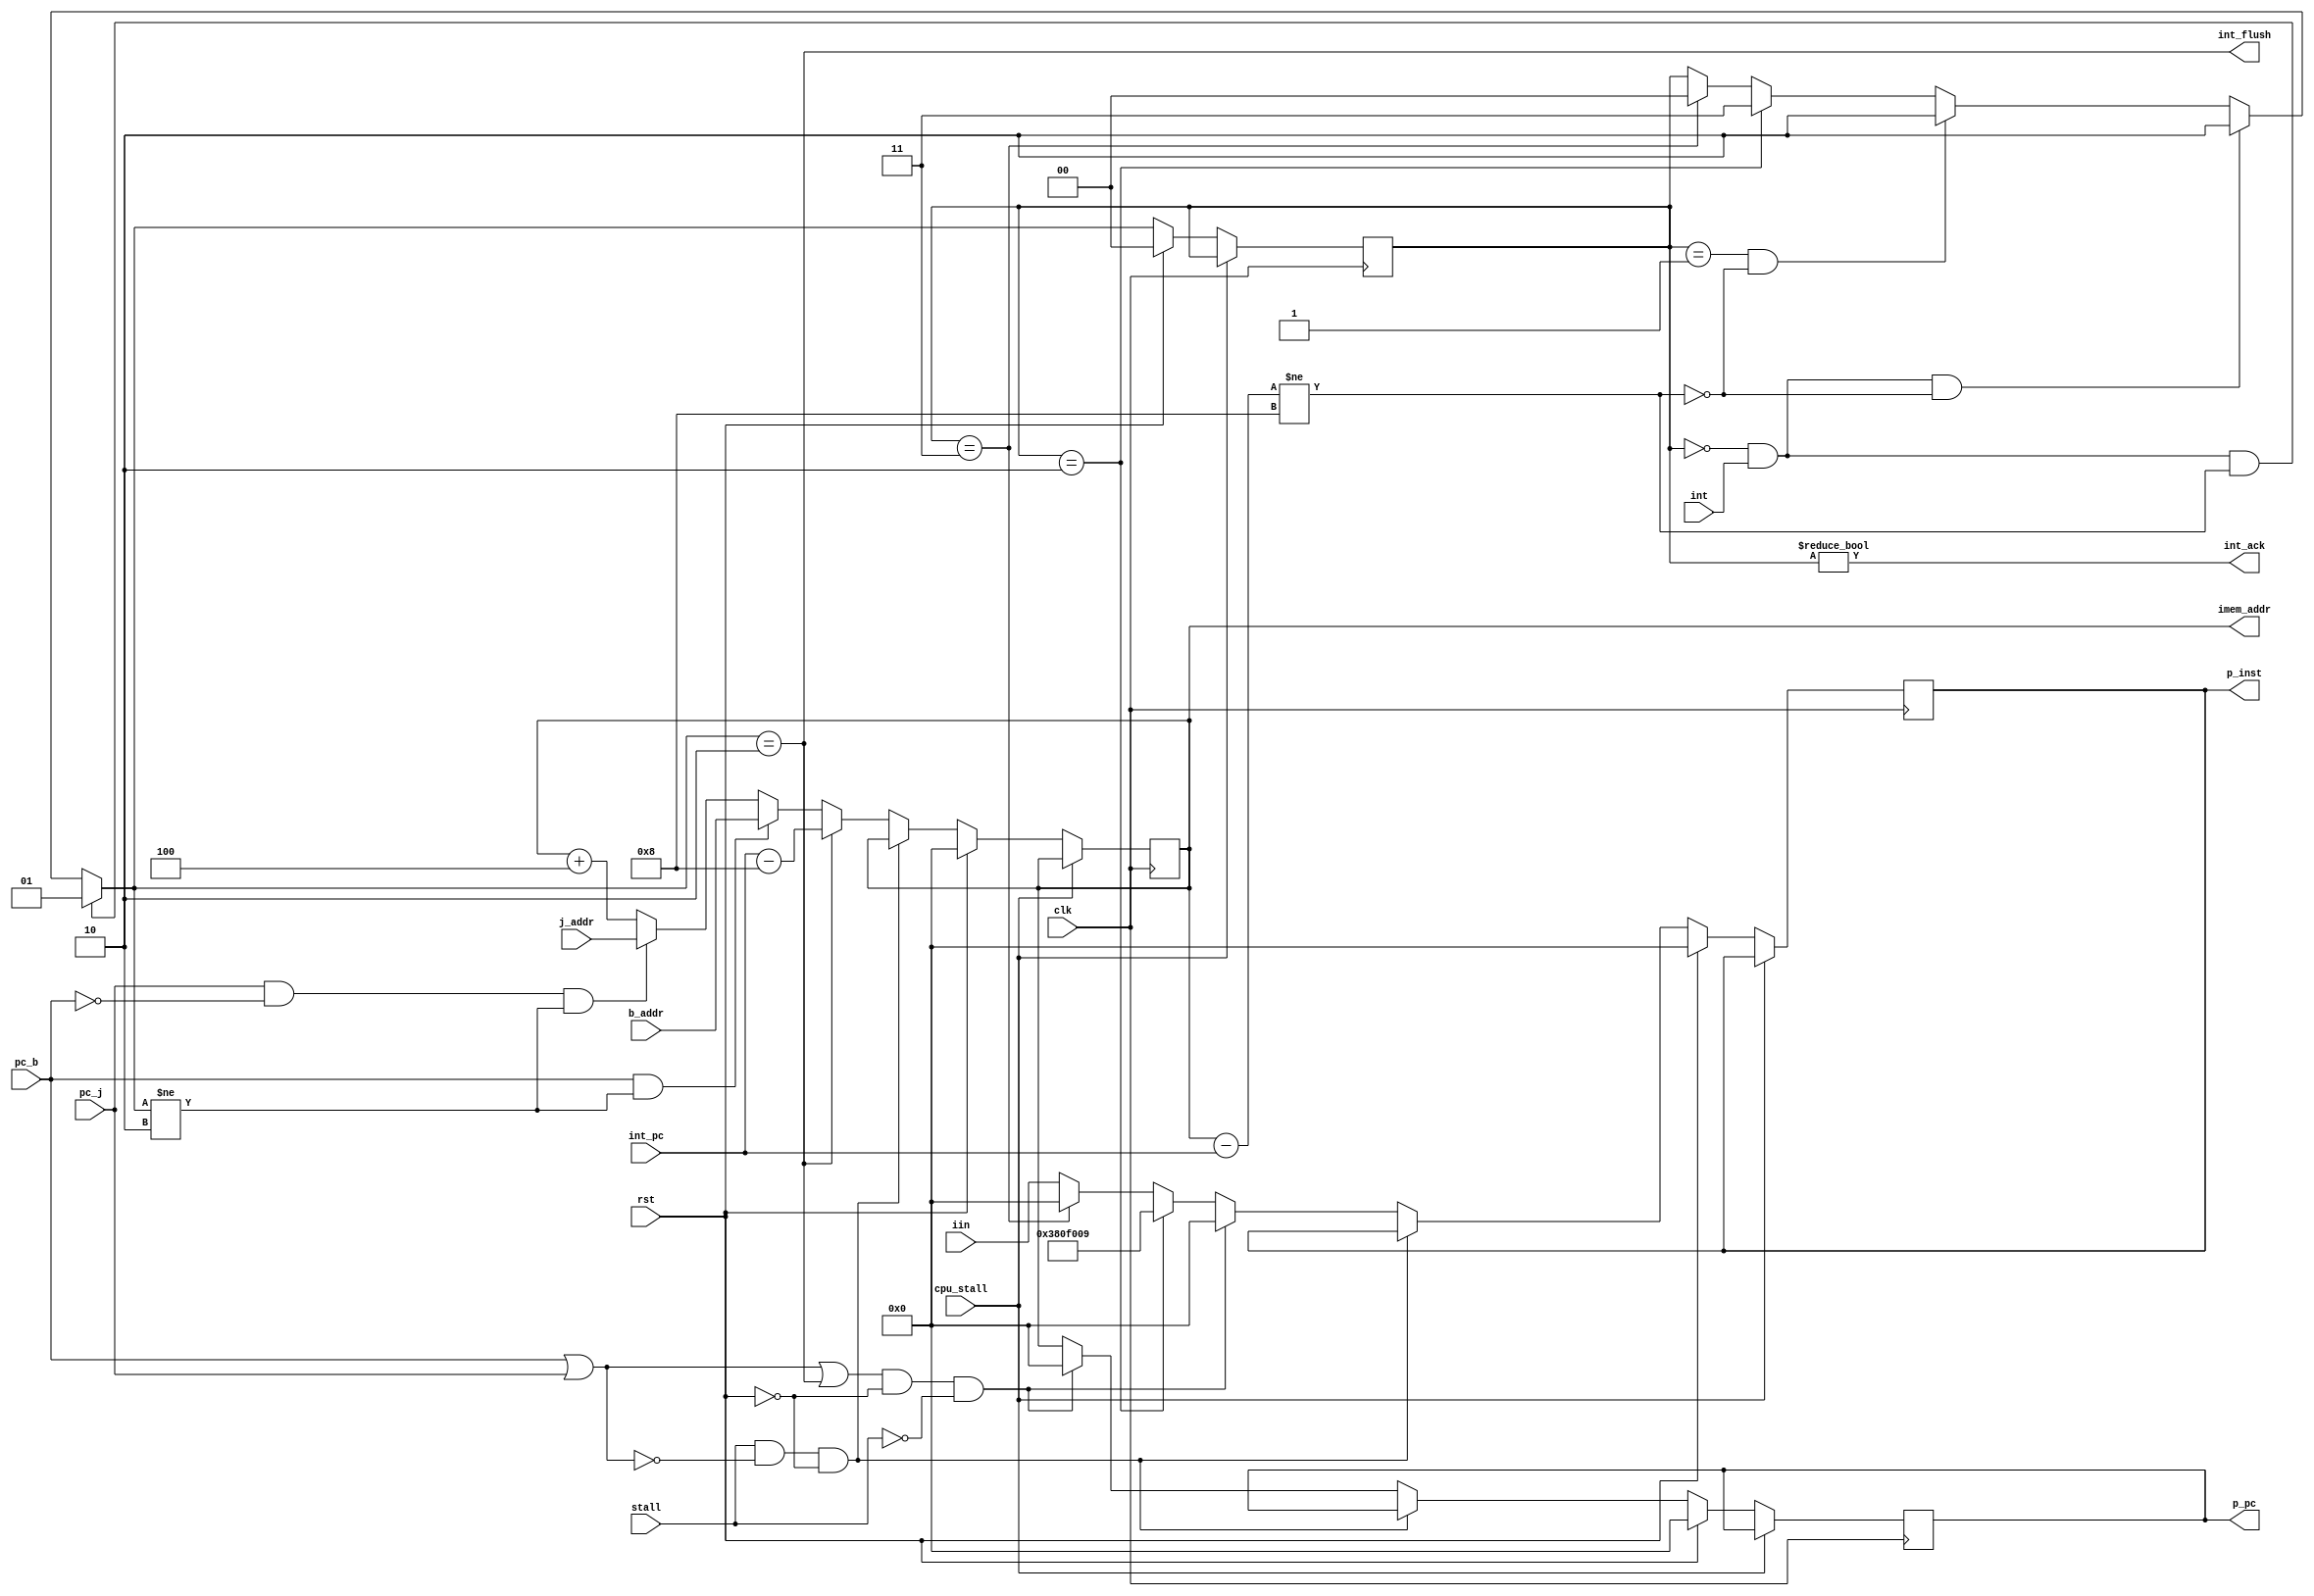
module cpu_if(rst, clk, cpu_stall, imem_addr, p_pc, pc_j,
		pc_b, b_addr, j_addr, iin, p_inst, stall, int, int_ack, int_flush, int_pc);
	input 		rst, clk, cpu_stall, int;
	input 		pc_j;
	input 		pc_b;
	input 	[31:0] 	b_addr;
	input 	[31:0] 	j_addr;
	input 		stall;
	output reg [31:0] p_pc;
	output 	[31:0] 	imem_addr;
	input	[31:0]	iin;
	output reg [31:0] p_inst;
	output int_ack, int_flush;
	input [31:0] int_pc;

	reg [31:0] pc;
	wire [31:0] next_pc;

	/* flush logic (for branches and jumps) */
	wire flush = pc_b | pc_j;

	/* interrupt logic */
	/* we're guaranteed not to get an interrupt when 
	 * handling one already, as interrupts disable
	 * in the interrupt controller automatically.
	 *
	 * state machine:
	 * 00 - idle, waiting for interrupt
	 * 01 - wait 1 cycle for branch delay slot
	 * 10 - injecting interrupt
	 * 11 - injecting nop (branch delay slot)
	 */
	reg  [1:0] int_state = 2'b00;
	wire cycle_wait = pc - int_pc != 8;
	wire [1:0] next_int_state = 
		int_state == 2'b00 && int &&  cycle_wait ? 2'b01 : /* wait 1 cycle */
		int_state == 2'b00 && int && !cycle_wait ? 2'b10 : /* go! */
		int_state == 2'b01 && !cycle_wait	 ? 2'b10 : /* ...go */
		int_state == 2'b10 			 ? 2'b11 :
		int_state == 2'b11 			 ? 2'b00 : int_state; /* default case is invalid */
	wire [31:0] next_inst = 
		int_state == 2'b10 ? 32'h0380f009 : /* jalr $ir, $iv - 0000_0011_1000_0000_1111_0000_0000_1001 */
		int_state == 2'b11 ? 32'h00000000 : /* nop */
				     iin;
	assign int_ack = int_state != 2'b00;
	assign int_flush = next_int_state == 2'b10;

	always @(posedge clk) begin
		if (!cpu_stall) begin
		if (rst) begin
			p_pc <= 0;
			pc <= 0;
			p_inst <= 0;
			int_state <= 0;
		end else if (stall && !flush && !rst) begin
			p_pc <= p_pc;
			pc <= pc;
			p_inst <= p_inst;
			int_state <= next_int_state;
		end else if ((flush || int_flush) && !rst && !stall) begin
			p_pc <= 0;
			p_inst <= 0;
			pc <= next_pc;
			int_state <= next_int_state;
		end else begin
			p_pc <= pc;
			pc   <= next_pc;
			p_inst <= next_inst;
			int_state <= next_int_state;
		end
		
		/* debug code, not synthesized by Xilinx */
		$display("IF: PC: %x INST: %x", p_pc, p_inst);
		end
	end		

	assign next_pc =
		(next_int_state == 2'b10) ? int_pc - 8: 
		(pc_b & next_int_state != 2'b10) ? b_addr :
		(pc_j & !pc_b & next_int_state != 2'b10) ? j_addr :
		pc + 4;

	assign imem_addr = pc;
endmodule